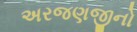
અરજણજીનો